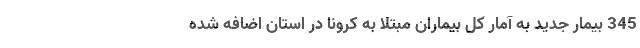
345 بیمار جدید به آمار کل بیماران مبتلا به کرونا در استان اضافه شده